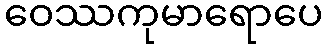
ဝေဿကုမာရောပေ